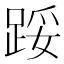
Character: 𨁡